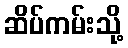
ဆိပ်ကမ်းသို့